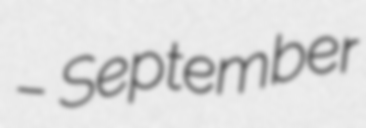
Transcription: – September